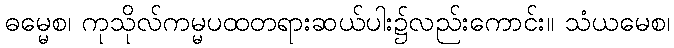
ဓမ္မေစ၊ ကုသိုလ်ကမ္မပထတရားဆယ်ပါး၌လည်းကောင်း။ သံယမေစ၊